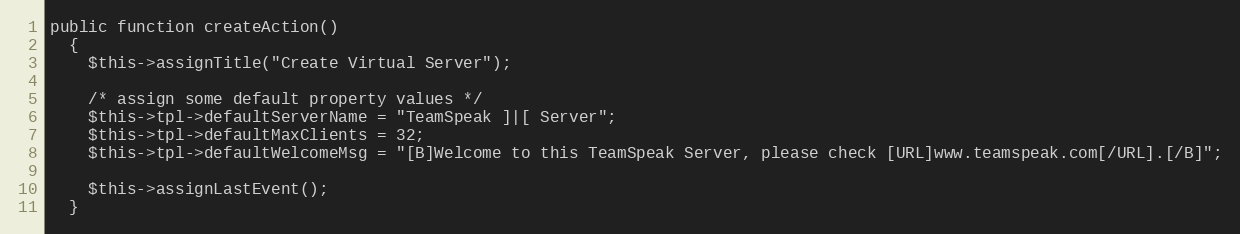
Language: PHP
public function createAction()
  {
    $this->assignTitle("Create Virtual Server");

    /* assign some default property values */
    $this->tpl->defaultServerName = "TeamSpeak ]|[ Server";
    $this->tpl->defaultMaxClients = 32;
    $this->tpl->defaultWelcomeMsg = "[B]Welcome to this TeamSpeak Server, please check [URL]www.teamspeak.com[/URL].[/B]";

    $this->assignLastEvent();
  }